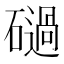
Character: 𥖤